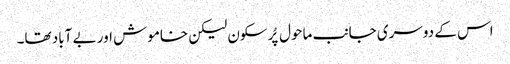
اس کے دوسری جانب ماحول پُرسکون لیکن خاموش اور بے آباد تھا۔